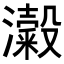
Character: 𭳜